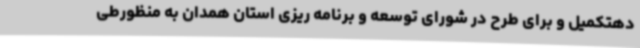
دهتکمیل و برای طرح در شورای توسعه و برنامه ریزی استان همدان به منظورطی